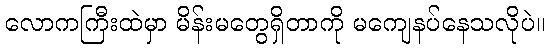
လောကကြီးထဲမှာ မိန်းမတွေရှိတာကို မကျေနပ်နေသလိုပဲ။